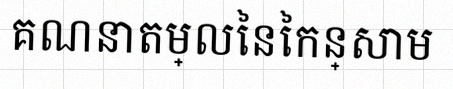
គណនាតម្លៃនៃកន្សោម